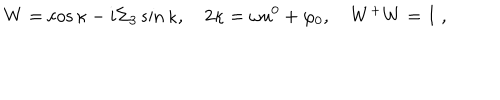
W = \cos \kappa - i \Sigma _ { 3 } \sin \kappa , \quad 2 \kappa = \omega u ^ { 0 } + \varphi _ { 0 } , \quad W ^ { + } W = I \; ,